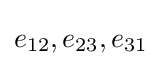
e_{12},e_{23},e_{31}